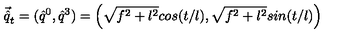
\vec { \hat { q } } _ { t } = ( \hat { q } ^ { 0 } , \hat { q } ^ { 3 } ) = \left( \sqrt { f ^ { 2 } + l ^ { 2 } } c o s ( t / l ) , \sqrt { f ^ { 2 } + l ^ { 2 } } s i n ( t / l ) \right)